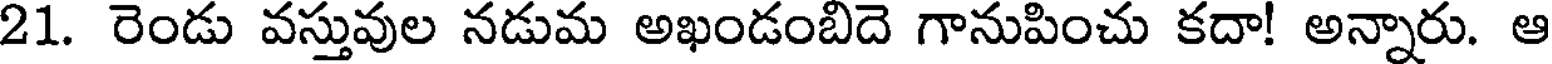
21. రెండు వస్తువుల నడుమ అఖండంబిదె గానుపించు కదా! అన్నారు. ఆ